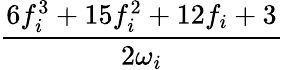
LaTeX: \frac{6f_{i}^{3}+15f_{i}^{2}+12f_{i}+3}{2\omega_{i}}